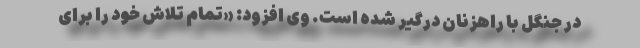
در جنگل با راهزنان درگیر شده است. وی افزود: «تمام تلاش خود را برای